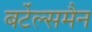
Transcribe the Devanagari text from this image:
बर्टेल्समैन